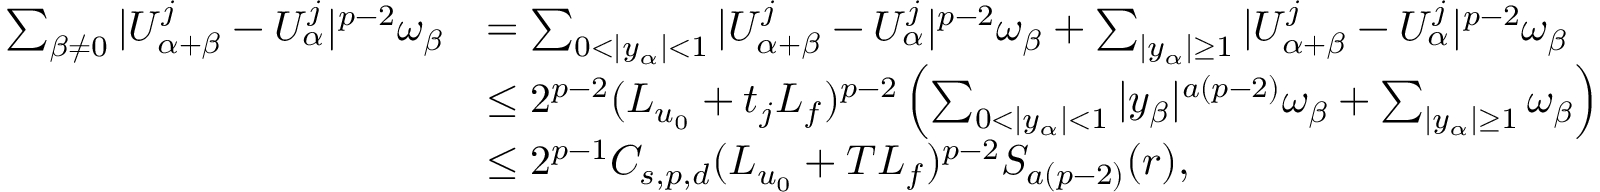
\begin{array} { r l } { \sum _ { \beta \not = 0 } | U _ { \alpha + \beta } ^ { j } - U _ { \alpha } ^ { j } | ^ { p - 2 } \omega _ { \beta } } & { = \sum _ { 0 < | y _ { \alpha } | < 1 } | U _ { \alpha + \beta } ^ { j } - U _ { \alpha } ^ { j } | ^ { p - 2 } \omega _ { \beta } + \sum _ { | y _ { \alpha } | \geq 1 } | U _ { \alpha + \beta } ^ { j } - U _ { \alpha } ^ { j } | ^ { p - 2 } \omega _ { \beta } } \\ & { \leq 2 ^ { p - 2 } ( L _ { u _ { 0 } } + t _ { j } L _ { f } ) ^ { p - 2 } \left( \sum _ { 0 < | y _ { \alpha } | < 1 } | y _ { \beta } | ^ { a ( p - 2 ) } \omega _ { \beta } + \sum _ { | y _ { \alpha } | \geq 1 } \omega _ { \beta } \right) } \\ & { \leq 2 ^ { p - 1 } C _ { s , p , d } ( L _ { u _ { 0 } } + T L _ { f } ) ^ { p - 2 } S _ { a ( p - 2 ) } ( r ) , } \end{array}